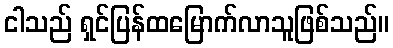
ငါသည် ရှင်ပြန်ထမြောက်လာသူဖြစ်သည်။